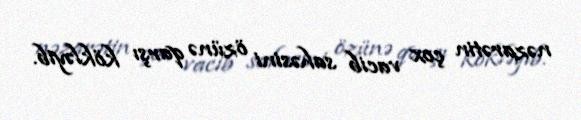
nəzarətin çox vacib sahəsini özünə qarşı kökləyib.